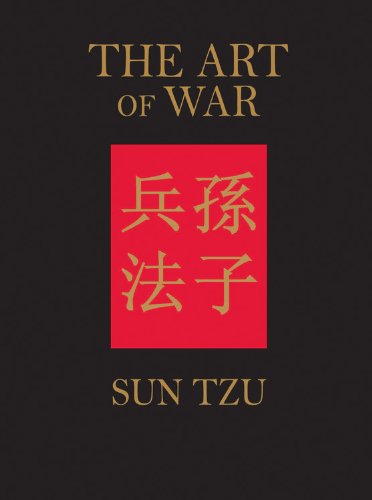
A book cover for The Art of War; Sun Tzu; Health, Fitness & Dieting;